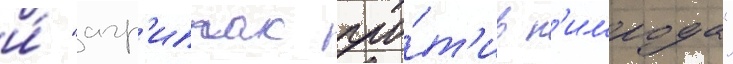
и́ "агр'иппас про́т'ив н'имрода"